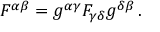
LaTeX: F ^ { \alpha \beta } = g ^ { \alpha \gamma } F _ { \gamma \delta } g ^ { \delta \beta } \, .